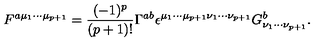
F ^ { a { \mu } _ { 1 } { \cdots } { \mu } _ { p + 1 } } = \frac { ( - 1 ) ^ { p } } { ( p + 1 ) ! } { \Gamma } ^ { a b } { \epsilon } ^ { { \mu } _ { 1 } { \cdots } { \mu } _ { p + 1 } { \nu } _ { 1 } { \cdots } { \nu } _ { p + 1 } } G _ { { \nu } _ { 1 } { \cdots } { \nu } _ { p + 1 } } ^ { b } .